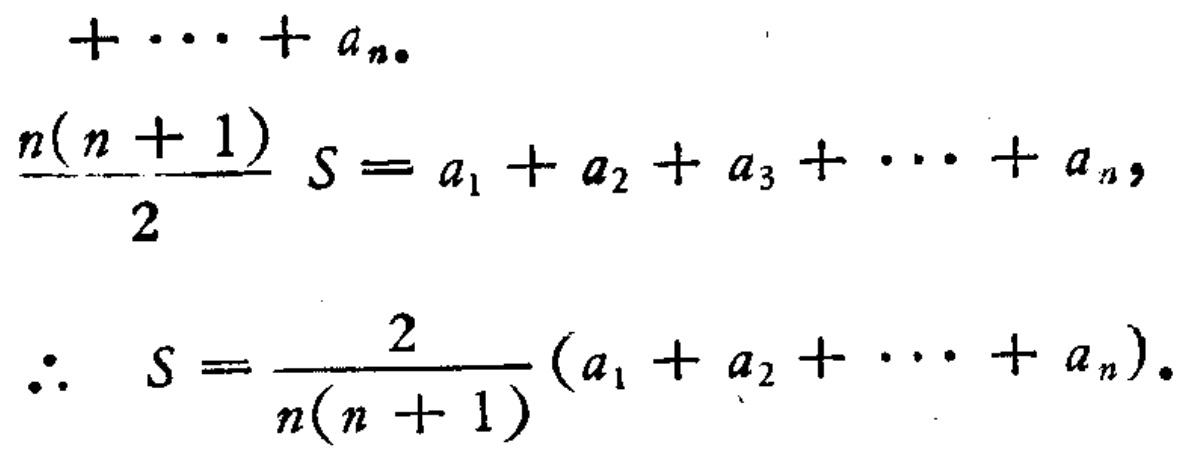
\[
+\cdots + a_{n}.
\]
\[
\frac{n(n + 1)}{2}S=a_{1}+a_{2}+a_{3}+\cdots + a_{n},
\]
\[
\therefore S = \frac{2}{n(n + 1)}(a_{1}+a_{2}+\cdots + a_{n}).
\]